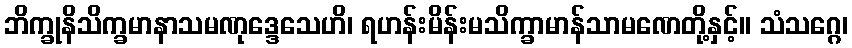
ဘိက္ခုနိသိက္ခမာနာသမဏုဒ္ဒေသေဟိ၊ ရဟန်းမိန်းမသိက္ခာမာန်သာမဏေတို့နှင့်။ သံသဂ္ဂေ၊